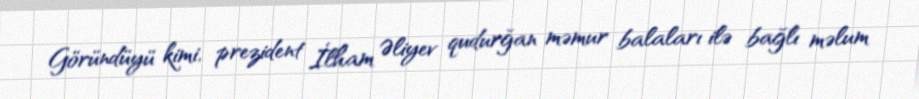
Göründüyü kimi, prezident İlham Əliyev qudurğan məmur balaları ilə bağlı məlum